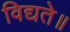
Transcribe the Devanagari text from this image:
विद्यते॥